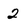
Character: 2